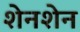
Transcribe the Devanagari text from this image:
शेनशेन